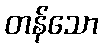
တန်သော